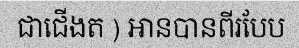
ជាជើងត ) អានបានពីរបែប